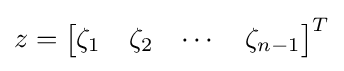
z={\begin{bmatrix}\zeta _{1}&\zeta _{2}&\cdots &\zeta _{n-1}\end{bmatrix}}^{T}